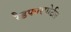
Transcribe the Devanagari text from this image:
रैडफारपोर्टल